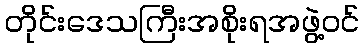
တိုင်းဒေသကြီးအစိုးရအဖွဲ့ဝင်